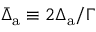
\bar { \Delta } _ { \mathrm { a } } \equiv 2 \Delta _ { \mathrm { a } } / \Gamma